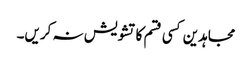
مجاہدین کسی قسم کا تشویش نہ کریں۔